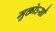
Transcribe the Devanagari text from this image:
मुक्तोऽसौ